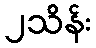
၂သိန်း